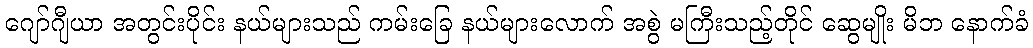
ဂျော်ဂျီယာ အတွင်းပိုင်း နယ်များသည် ကမ်းခြေ နယ်များလောက် အစွဲ မကြီးသည့်တိုင် ဆွေမျိုး မိဘ နောက်ခံ